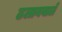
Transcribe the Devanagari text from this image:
ढलानवाले